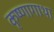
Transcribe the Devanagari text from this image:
कृष्णागाथा